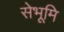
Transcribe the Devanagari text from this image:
सेभूमि